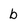
Character: b